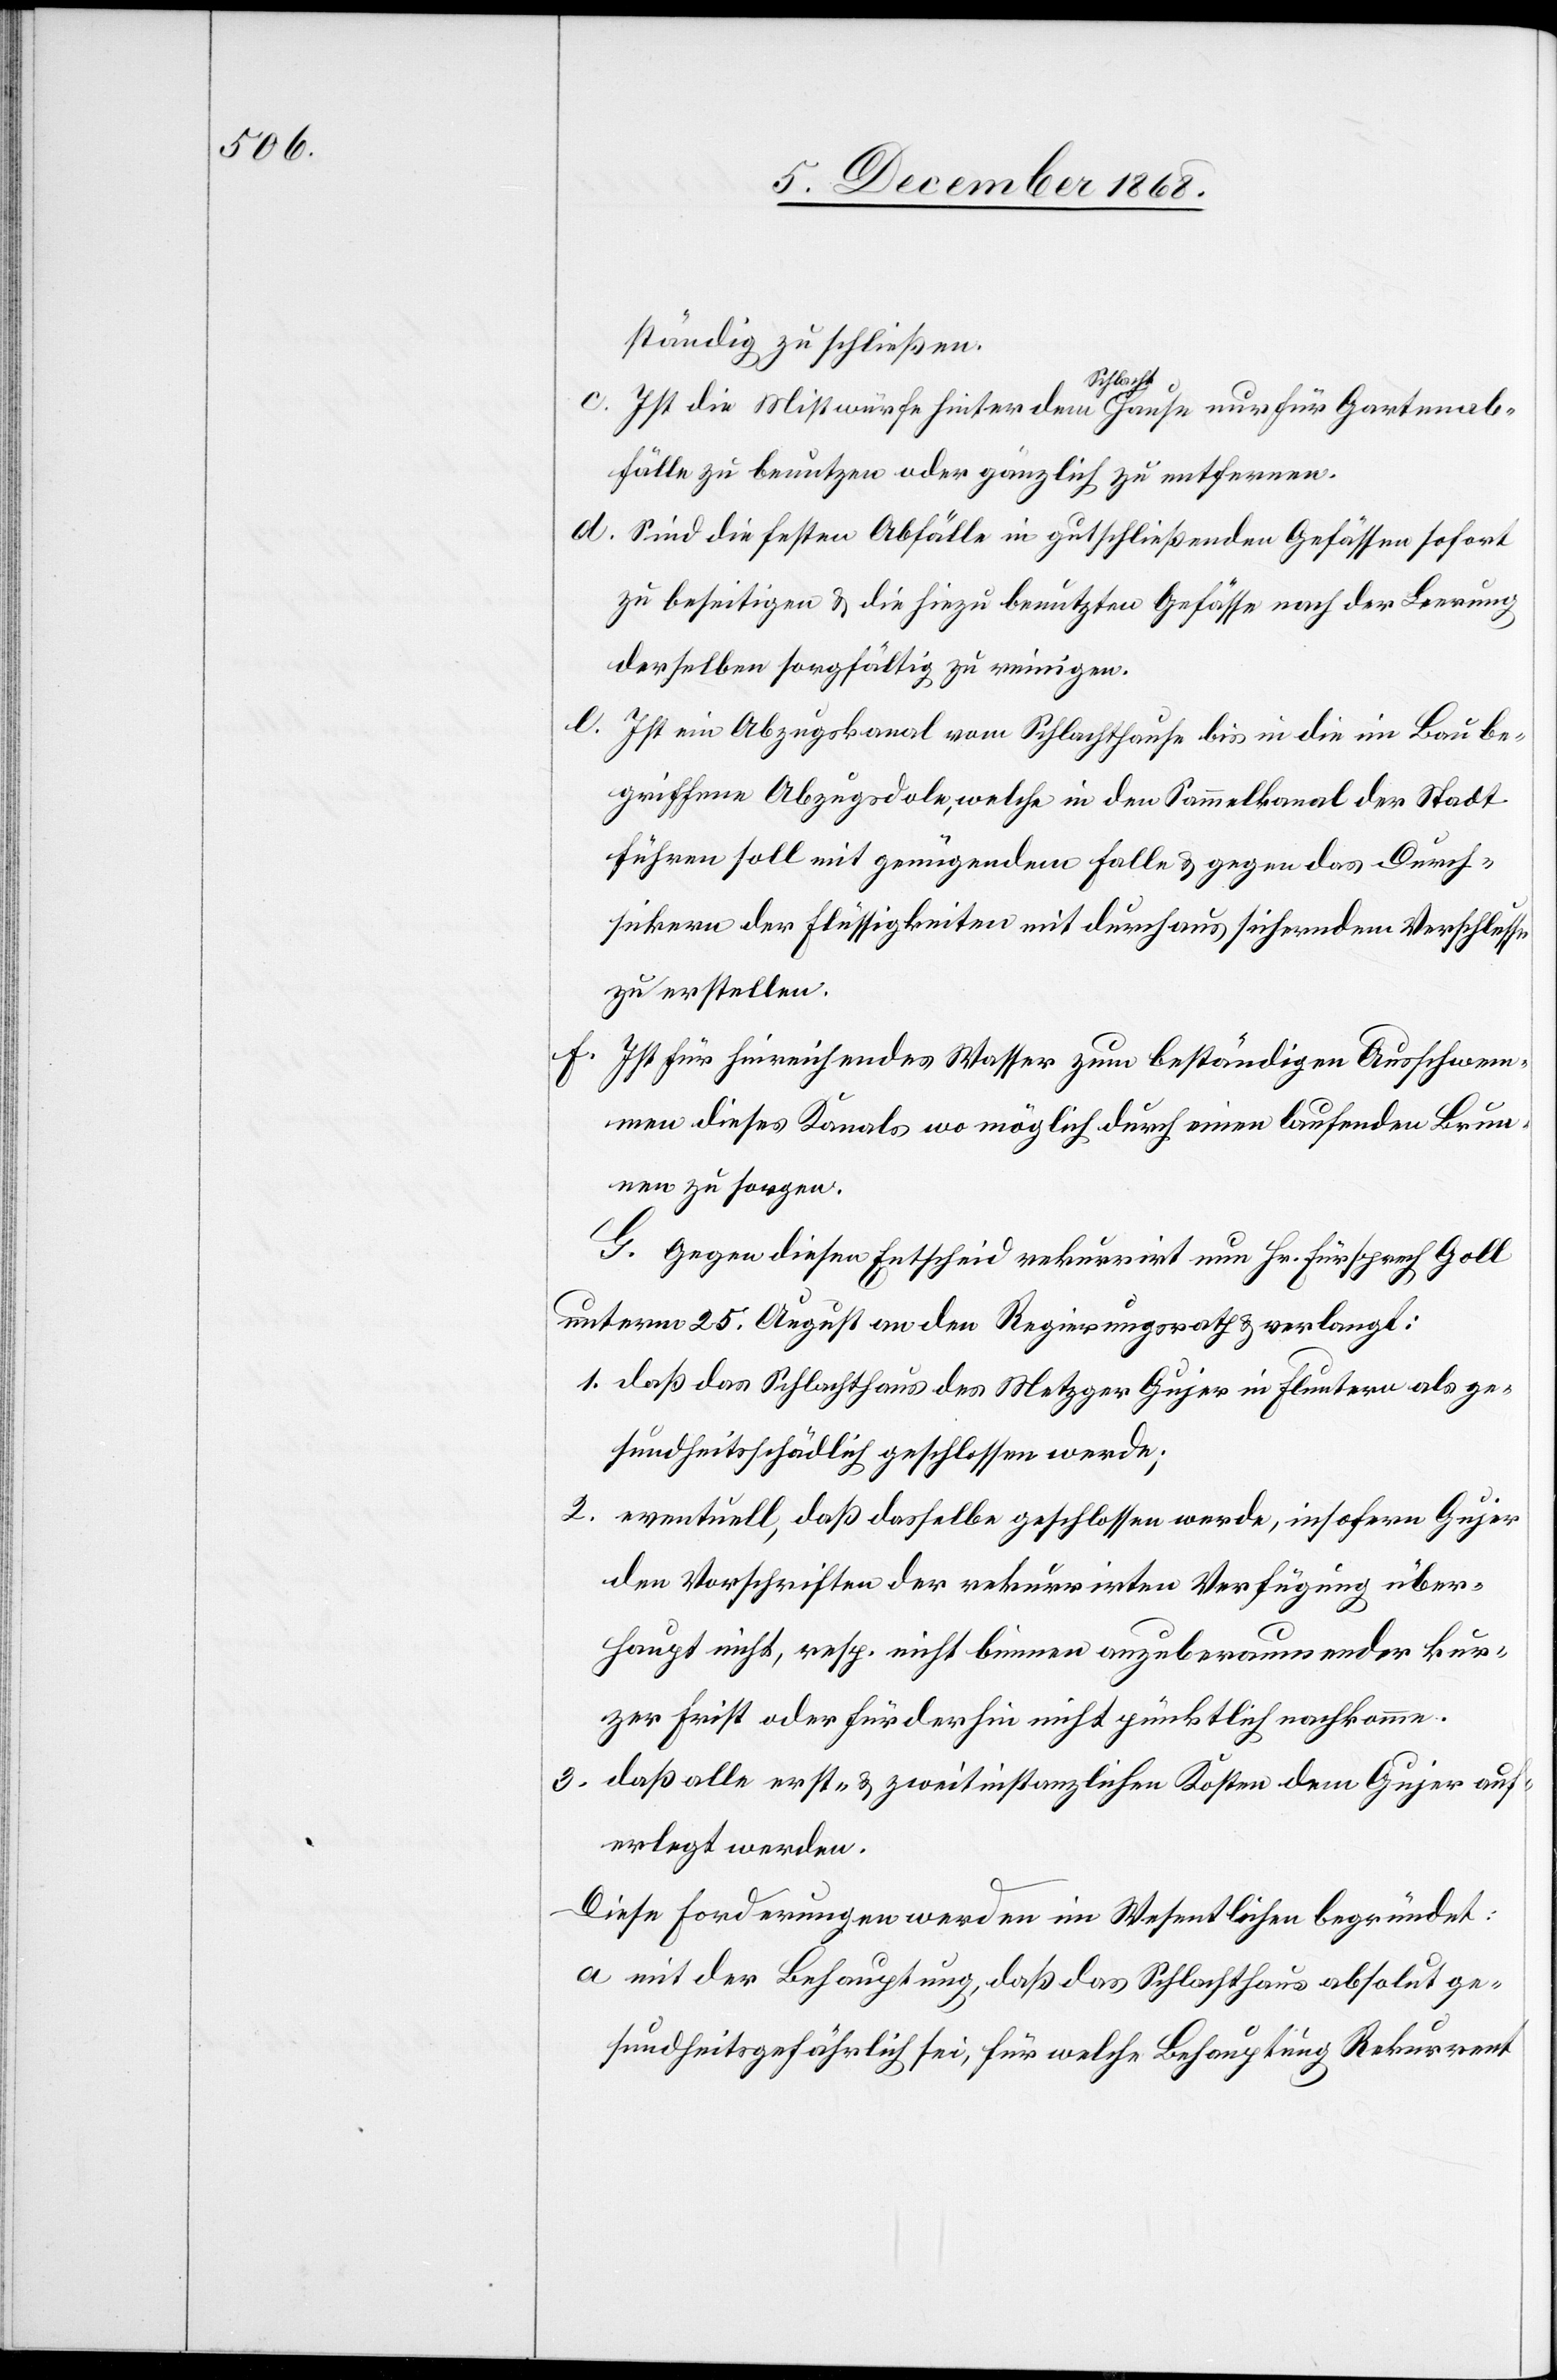
ständig zu schließen.
Ist die Mistwürfe hinter dem Schlachthause nur für Gartenab¬
fälle zu benutzen oder gänzlich zu entfernen.
Sind die festen Abfälle in gutschließenden Gefässen sofort
zu beseitigen & die hiezu benutzten Gefässe nach der Leerung
derselben sorgfältig zu reinigen.
Ist ein Abzugskanal vom Schlachthause bis in die im Bau be¬
griffene Abzugsdole, welche in den Sammelkanal der Stadt
führen soll mit genügendem Falle & gegen das Durch¬
sickern der Flüssigkeiten mit durchaus sicherndem Verschlusse
zu erstellen.
Ist für hinreichendes Wasser zum beständigen Ausschwem¬
men dieses Kanals wo möglich durch einen laufenden Brun¬
nen zu sorgen.
G. Gegen diesen Entscheid rekurrirt nun Hr. Fürsprech Goll
unterm 25. August an den Regierungsrath & verlangt:
daß das Schlachthaus des Metzger Gujer in Fluntern als ge¬
sundheitsschädlich geschlossen werde;
eventuell, daß dasselbe geschlossen werde, insofern Gujer
den Vorschriften der rekurrirten Verfügung über¬
haupt nicht, resp. nicht binnen anzuberaumender kur¬
zer Frist oder fürderhin nicht pünktlich nachkomme.
daß alle erst- & zweitinstanzlichen Kosten dem Gujer auf¬
erlegt werden.
Diese Forderungen werden im Wesentlichen begründet:
mit der Behauptung, daß das Schlachthaus absolut ge¬
sundheitsgefährlich sei, für welche Behauptung Rekurrent